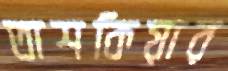
তাশকিয়ার